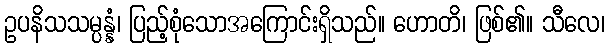
ဥပနိသသမ္ပန္နံ၊ ပြည့်စုံသောအကြောင်းရှိသည်။ ဟောတိ၊ ဖြစ်၏။ သီလေ၊